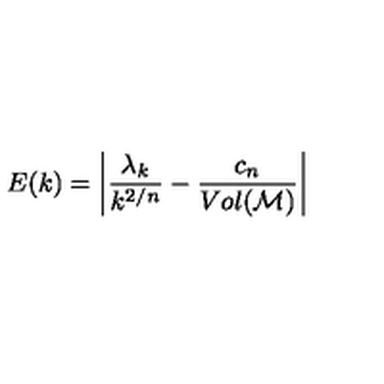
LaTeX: E ( k ) = \left| \frac { \lambda _ { k } } { k ^ { 2 / n } } - \frac { c _ { n } } { V o l ( { \cal M } ) } \right|